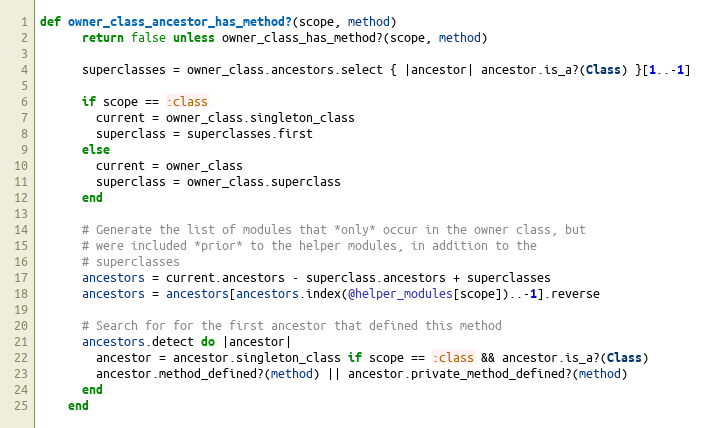
Language: Ruby
def owner_class_ancestor_has_method?(scope, method)
      return false unless owner_class_has_method?(scope, method)

      superclasses = owner_class.ancestors.select { |ancestor| ancestor.is_a?(Class) }[1..-1]

      if scope == :class
        current = owner_class.singleton_class
        superclass = superclasses.first
      else
        current = owner_class
        superclass = owner_class.superclass
      end

      # Generate the list of modules that *only* occur in the owner class, but
      # were included *prior* to the helper modules, in addition to the
      # superclasses
      ancestors = current.ancestors - superclass.ancestors + superclasses
      ancestors = ancestors[ancestors.index(@helper_modules[scope])..-1].reverse

      # Search for for the first ancestor that defined this method
      ancestors.detect do |ancestor|
        ancestor = ancestor.singleton_class if scope == :class && ancestor.is_a?(Class)
        ancestor.method_defined?(method) || ancestor.private_method_defined?(method)
      end
    end